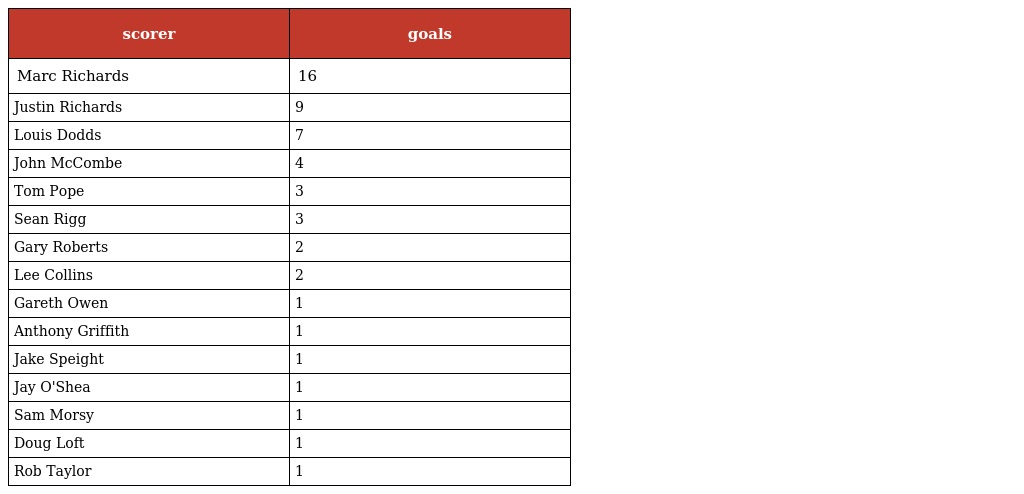
| scorer | goals |
 | --- | --- |
 | Marc Richards | 16 |
 | Justin Richards | 9 |
 | Louis Dodds | 7 |
 | John McCombe | 4 |
 | Tom Pope | 3 |
 | Sean Rigg | 3 |
 | Gary Roberts | 2 |
 | Lee Collins | 2 |
 | Gareth Owen | 1 |
 | Anthony Griffith | 1 |
 | Jake Speight | 1 |
 | Jay O'Shea | 1 |
 | Sam Morsy | 1 |
 | Doug Loft | 1 |
 | Rob Taylor | 1 |